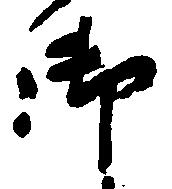
御